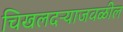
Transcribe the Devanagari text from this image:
चिखलदऱ्याजवळील